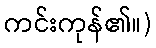
ကင်းကုန်၏။)